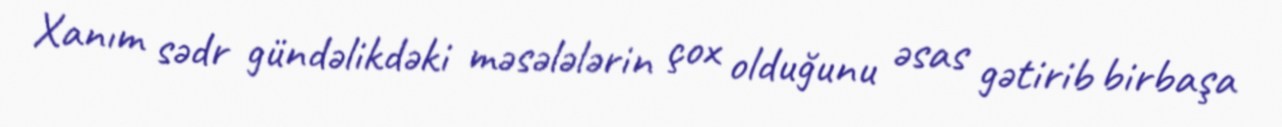
Xanım sədr gündəlikdəki məsələlərin çox olduğunu əsas gətirib birbaşa